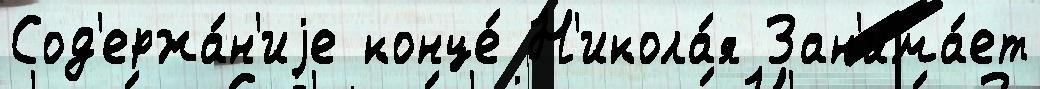
Сод'ержа́н'иjе конце́ Н'икола́я Зан'има́ет